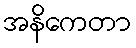
အနိကေတာ